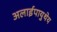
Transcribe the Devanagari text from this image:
अलाईपायुथेय